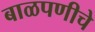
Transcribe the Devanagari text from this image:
बाळपणीचे